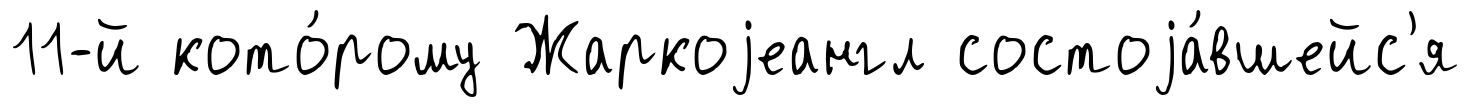
11-й кото́рому Жаркоjеангл состоjа́вшейс'я